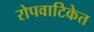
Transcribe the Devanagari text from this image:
रोपवाटिकेत